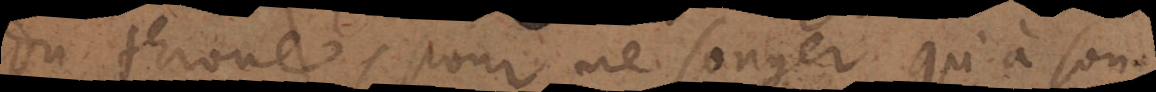
du throne, pour ne songer qu’à son